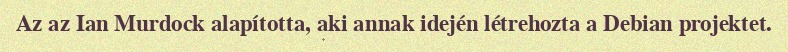
Az az Ian Murdock alapította, aki annak idején létrehozta a Debian projektet.